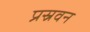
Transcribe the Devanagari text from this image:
प्रस्रवन